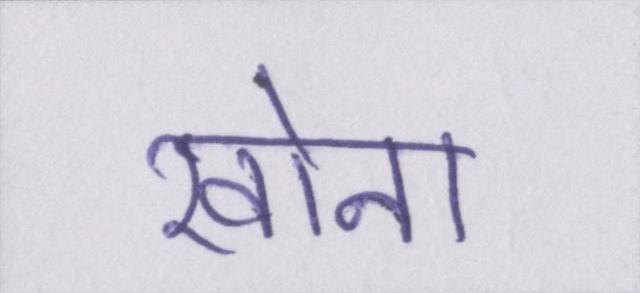
खोना